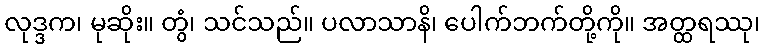
လုဒ္ဒက၊ မုဆိုး။ တွံ၊ သင်သည်။ ပလာသာနိ၊ ပေါက်ဘက်တို့ကို။ အတ္ထရဿု၊